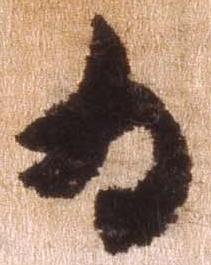
為